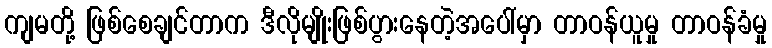
ကျမတို့ ဖြစ်စေချင်တာက ဒီလိုမျိုးဖြစ်ပွားနေတဲ့အပေါ်မှာ တာဝန်ယူမှု တာဝန်ခံမှု